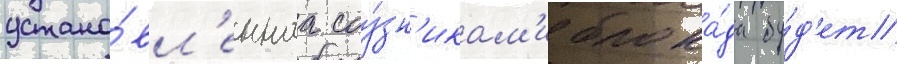
устано́вл'еннаа соу́зн'икам'и блока́да бу́д'ет